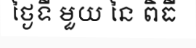
ថ្ងៃទី មួយ នៃ ពិធី